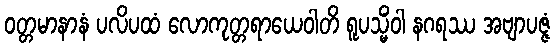
ဝတ္တမာနာနံ ပလိပထံ လောကုတ္တရာယေဝါတိ ရူပသ္မိံဝါ နဂရဿ အဗျာပဇ္ဇံ